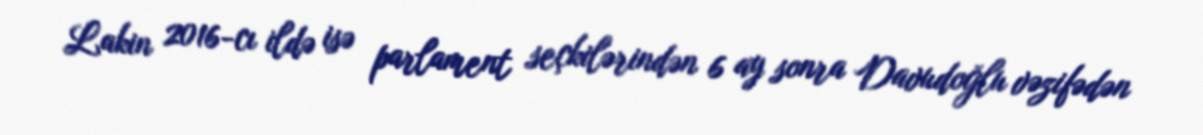
Lakin 2016-cı ildə isə parlament seçkilərindən 6 ay sonra Davudoğlu vəzifədən